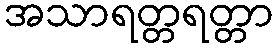
အသာရတ္တရတ္တာ